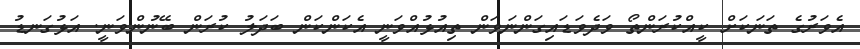
އެވަރުގެ ތަނަކަށް ކީއްކުރަންތޯ ވަދެވަޑައިގަންނަވަން ތިއުޅުއްވަނީ އެކަންކަން ބަދަލު ކުރަން ބޭނުންވަނީ. އަޅުގަނޑު